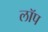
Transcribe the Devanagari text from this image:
लॉप